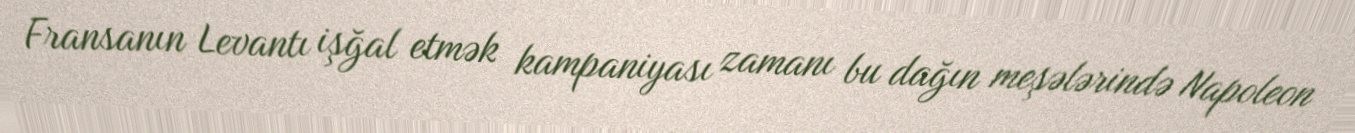
Fransanın Levantı işğal etmək kampaniyası zamanı bu dağın meşələrində Napoleon